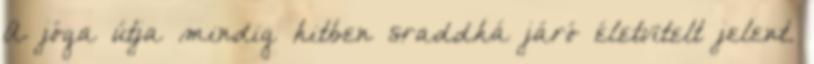
A jóga útja mindig hitben sraddhá járó életvitelt jelent.